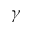
\gamma